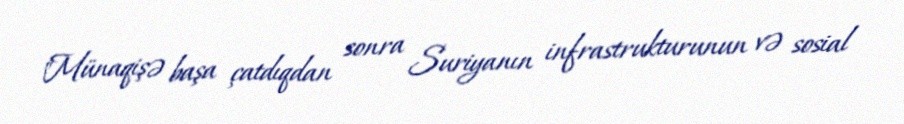
"Münaqişə başa çatdıqdan sonra Suriyanın infrastrukturunun və sosial